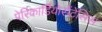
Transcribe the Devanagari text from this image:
पेरिकार्डियोसेंटेसिस